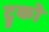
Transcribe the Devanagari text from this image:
ट्रुको